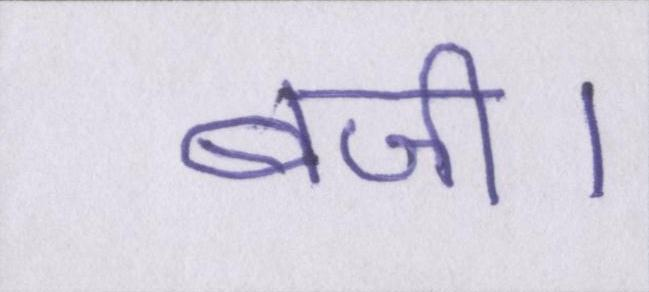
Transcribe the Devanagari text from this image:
बजी।